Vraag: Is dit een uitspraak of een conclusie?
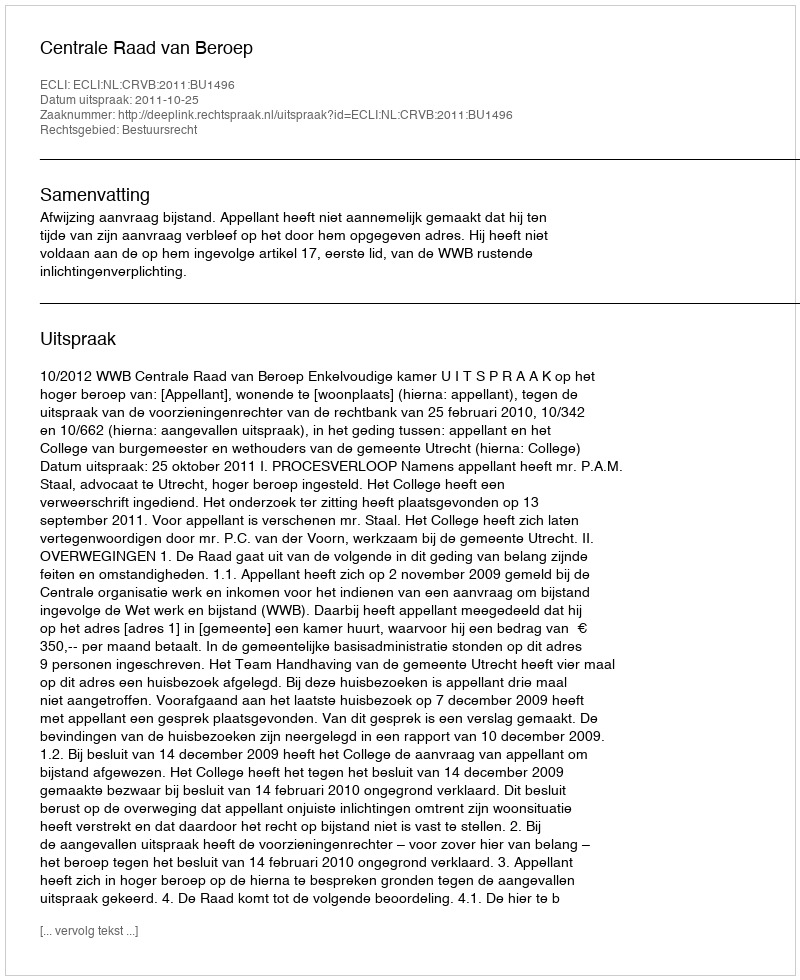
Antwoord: Uitspraak